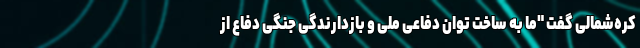
کره‌شمالی گفت "ما به ساخت توان دفاعی ملی و بازدارندگی جنگی دفاع از